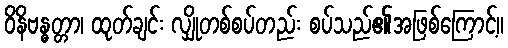
ဝိနိဗန္ဓတ္တာ၊ ထုတ်ချင်း လျှိုတစ်စပ်တည်း စပ်သည်၏အဖြစ်ကြောင့်။